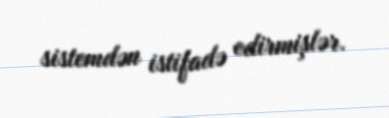
sistemdən istifadə edirmişlər.